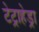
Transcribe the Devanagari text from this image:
टेट्राहेड्रा